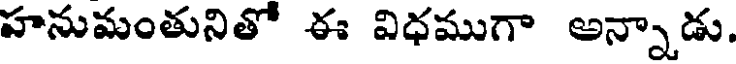
హనుమంతునితో ఈ విధముగా అన్నాడు.